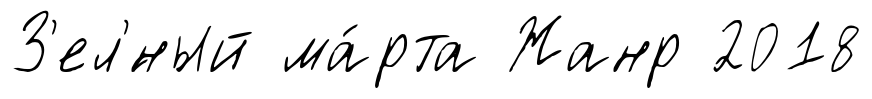
З'ел'́ный ма́рта Жанр 2018